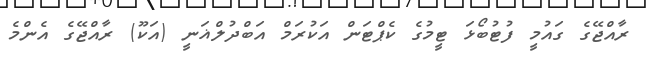
ރާއްޖޭގެ ގައުމީ ފުޓުބޯޅަ ޓީމުގެ ކެޕްޓަން އަކުރަމް އަބްދުލްޣަނީ (އަކޫ) ރާއްޖޭގެ އެންމެ